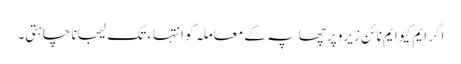
اگر ایم کیو ایم نا ئن زیرو پر چھاپہ کے معاملہ کو انتہاء تک لیجانا چاہتی۔